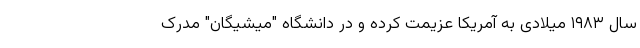
سال ۱۹۸۳ میلادی به آمریکا عزیمت کرده و در دانشگاه "میشیگان" مدرک